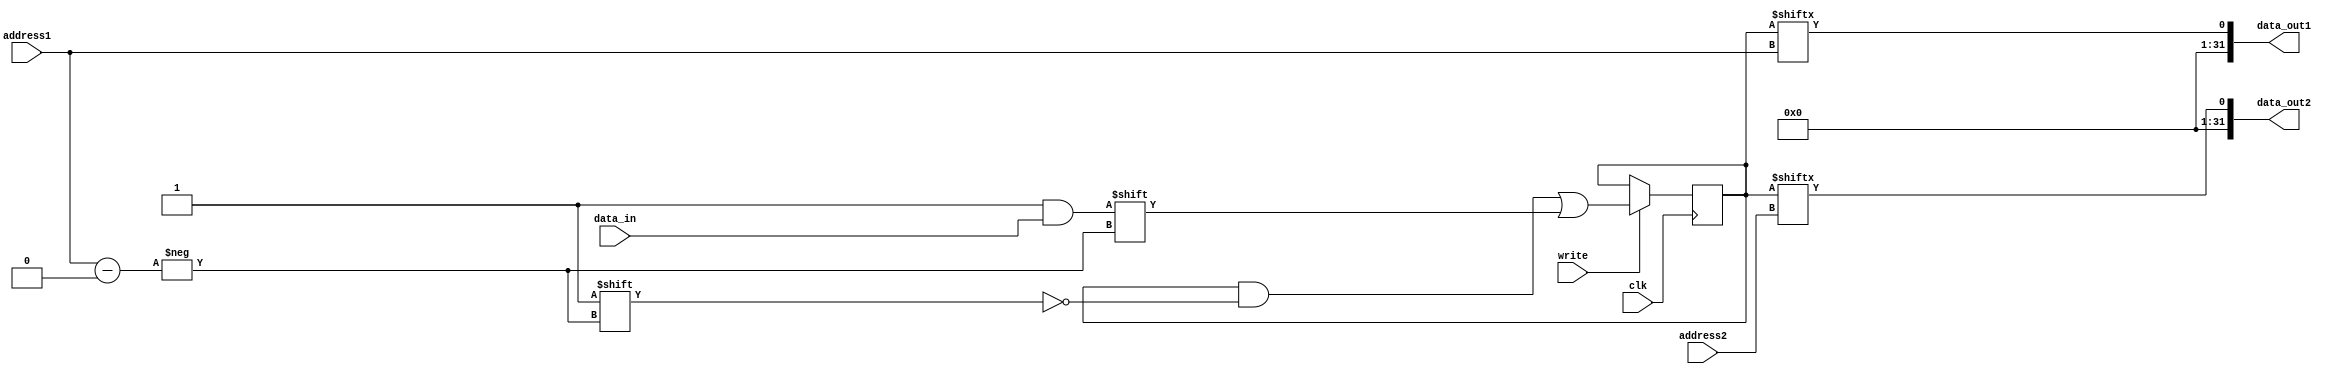
/*******************************
Universidad de Costa Rica
CI-0114: Fundamentos de Arquitectura

Simple memoria lectura asincrnica y escritura sincrnica
basada en Flip Flops
1 Puerto de lectura
1 Puerto de escritura

Ancho de palabra (Datos) 32 bits
Ancho de direcciones 16 bits (64Ki Words)

Contiene las primeras words precargadas
Con algunos valores de prueba

*********************************/

module Registro(data_out1, data_out2, data_in, address1, address2, write, clk);
  parameter BITS_DATA = 32;
  parameter BITS_ADDR = 16;

  output [BITS_DATA-1:0] data_out1;
  output [BITS_DATA-1:0] data_out2;
  input  [BITS_DATA-1:0] data_in;
  input  [BITS_ADDR-1:0] address1;
  input  [BITS_ADDR-1:0] address2;
  input                  write;
  input                  clk;
  
  reg [7:0] data;
  
  assign data_out1 = data[address1];
  assign data_out2 = data[address2];
  
  always @(negedge clk) begin
    if (write) begin
      data[address1] <= data_in;
    end
  end
  
  initial begin    
    data[0] = 'h00000000; //OPD_NOP 
    data[1] = 'h82000000; //OPD_NOT
    data[2] = 'h8A000000; //OPD_AND
    data[3] = 'h92000000; //OPD_OR
    data[4] = 'hA2000000; //OPD_NEG
    data[5] = 'hAA000000; //OPD_ADD
    data[6] = 'hB2000000; //OPD_SUB
    data[7] = 'hF8000000; //OPD_HLT
  end
  
  // Workaround para lograr visualizar la memoria en gtkwave
  // Agregamos solo los primeros 64 entries para no hacer la simulacin
  // innecesariamente lenta
  generate
    genvar idx;
    for(idx = 0; idx < 64; idx = idx + 1) begin: register
      wire [31:0] tmp;
      assign tmp = data[idx];
    end
  endgenerate

endmodule